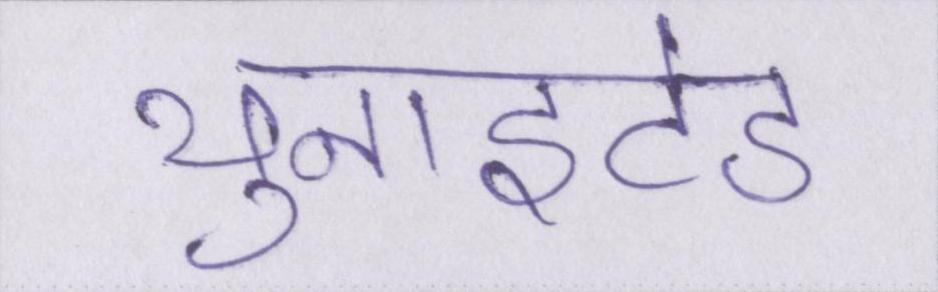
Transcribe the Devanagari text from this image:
यूनाइटेड